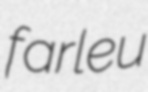
farleu